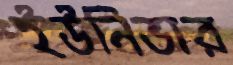
ইউনিভার